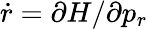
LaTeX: \dot{r}=\partial H/\partial p_{r}